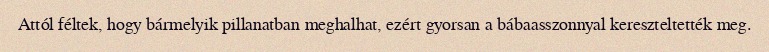
Attól féltek, hogy bármelyik pillanatban meghalhat, ezért gyorsan a bábaasszonnyal kereszteltették meg.